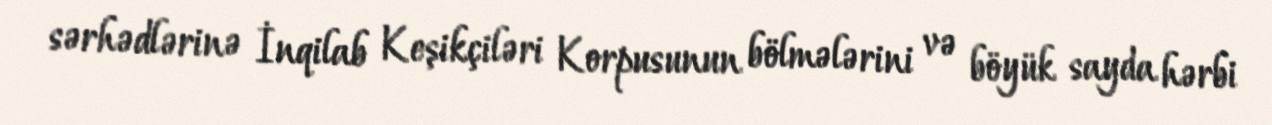
sərhədlərinə İnqilab Keşikçiləri Korpusunun bölmələrini və böyük sayda hərbi